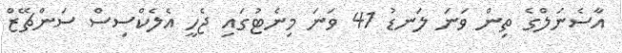
އާސެނަލްގެ ތިން ވަނަ ލަނޑު 41 ވަނަ މިނެޓުގައި ޖެހީ އެލެކްސިސް ސަންޗޭޒް